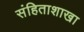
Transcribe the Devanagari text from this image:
संहिताशाखा